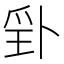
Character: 𭶬